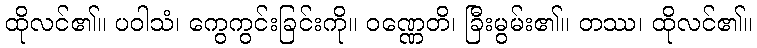
ထိုလင်၏။ ပဝါသံ၊ ကွေကွင်းခြင်းကို။ ဝဏ္ဏေတိ၊ ခြီးမွမ်း၏။ တဿ၊ ထိုလင်၏။